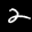
Label: 2